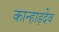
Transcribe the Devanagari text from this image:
कान्हाड़देव